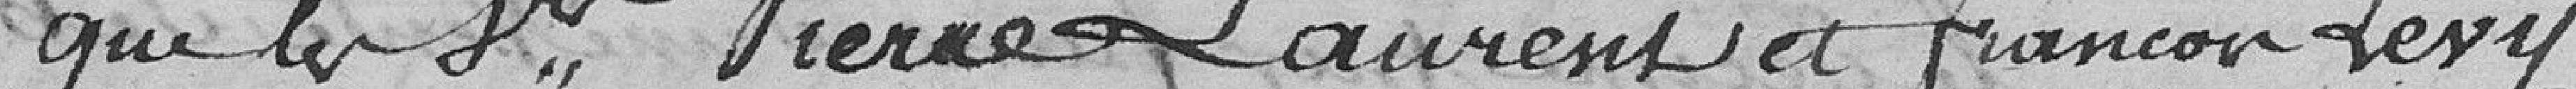
Que les sieurs Pierre Laurent et François Lévy